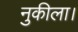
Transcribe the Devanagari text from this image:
नुकीला।